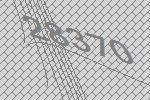
28370